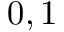
0 , 1